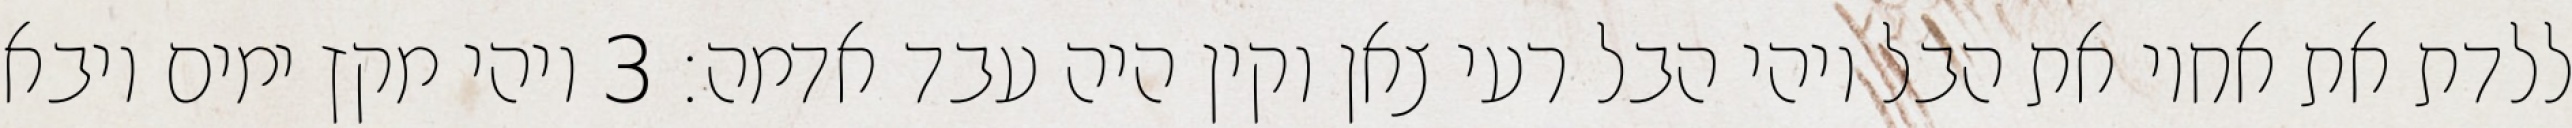
ללדת את אחיו את הבל ויהי הבל רעי צאן וקין היה עבד אדמה׃ ‎3‏ ויהי מקץ ימים ויבא